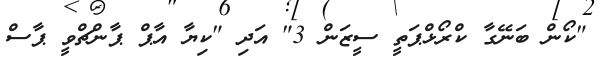
"ކޯން ބަނޭގާ ކްރޯޅްޕަތީ ސީޒަން 3" އަދި "ކިޔާ އާޕް ޕާންޗްވީ ޕާސް